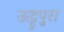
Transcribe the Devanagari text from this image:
ऊट्टुपुरा